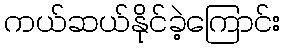
ကယ်ဆယ်နိုင်ခဲ့ကြောင်း